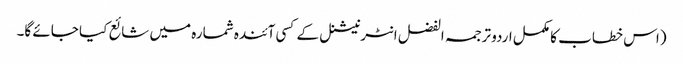
(اس خطاب کا مکمل اردو ترجمہ الفضل انٹرنیشنل کے کسی آئندہ شمارہ میں شائع کیا جائے گا۔